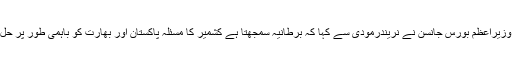
برطانوی وزیراعظم بورس جانسن نے نریندرمودی سے کہا کہ برطانیہ سمجھتا ہے کشمیر کا مسئلہ پاکستان اور بھارت کو باہمی طور پر حل کرنا ہے۔